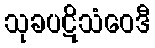
သုခပဋိသံဝေဒီ